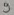
Text: 9